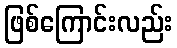
ဖြစ်ကြောင်းလည်း